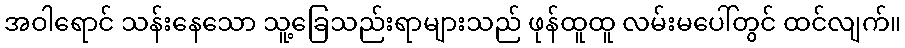
အဝါရောင် သန်းနေသော သူ့ခြေသည်းရာများသည် ဖုန်ထူထူ လမ်းမပေါ်တွင် ထင်လျက်။